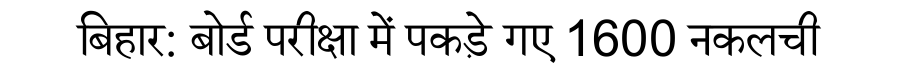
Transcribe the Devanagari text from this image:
बिहार: बोर्ड परीक्षा में पकड़े गए 1600 नकलची